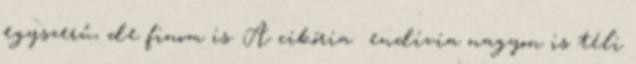
egyszerű, de finom is. A cikória endívia nagyon is téli